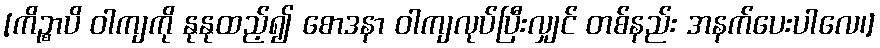
[ကိဉ္စာပိ ဝါကျကို နုနုထည့်၍ စောဒနာ ဝါကျလုပ်ပြီးလျှင် တစ်နည်း အနက်ပေးပါလေ၊]